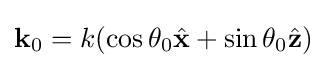
\mathbf {k} _{0}=k(\cos \theta _{0}{\hat {\mathbf {x} }}+\sin \theta _{0}{\hat {\mathbf {z} }})